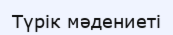
Түрік мәдениеті